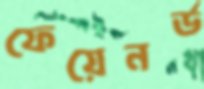
ফেয়েনর্ড